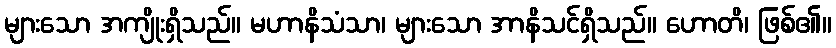
များသော အကျိုးရှိသည်။ မဟာနိသံသာ၊ များသော အာနိသင်ရှိသည်။ ဟောတိ၊ ဖြစ်၏။